Annual administration and progress report of the Indian Medical Department, Bombay
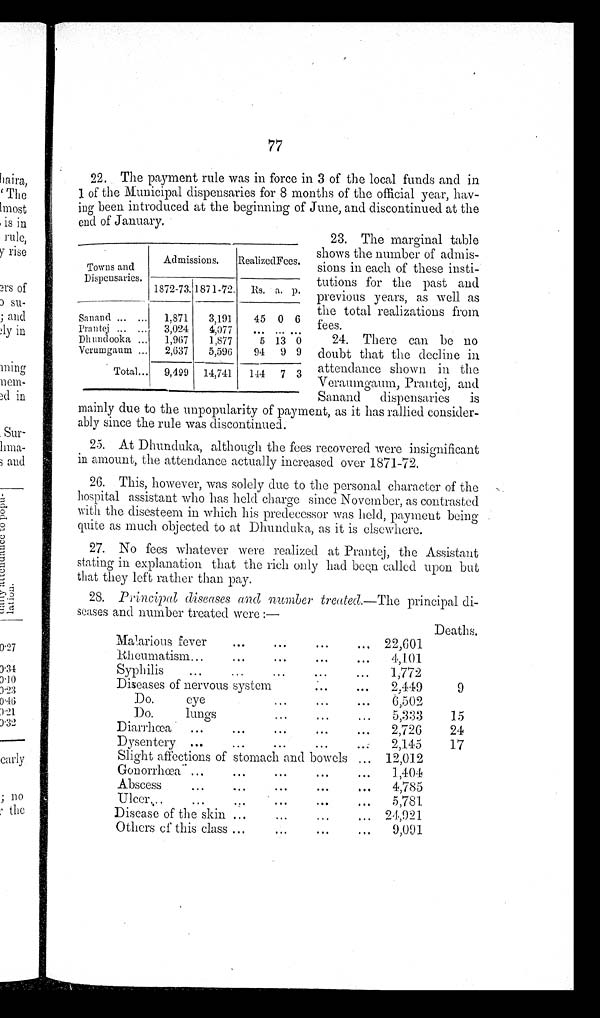
77
22. The payment rule was in force in 3 of the local funds and in
1 of the Municipal dispensaries for 8 months of the official year, hav--
ing been introduced at the beginning of June, and discontinued at the
end of January.
23. The marginal table
shows the number of admis--
sions in each of these insti--
tutions for the past and
previous years, as well as
the total realizations from
fees.
24. There can be no
doubt that the decline in
attendance shown in the
Veraumgaum, Prantej, and
Sanand dispensaries is
mainly due to the unpopularity of payment, as it has rallied consider--
ably since the rule was discontinued.
25. At Dhunduka, although the fees recovered were insignificant
in amount, the attendance actually increased over 1871-72.
26. This, however, was solely due to the personal character of the
hospital assistant who has held charge since November, as contrasted
with the disesteem in which his predecessor was held, payment being
quite as much objected to at Dhunduka, as it is elsewhere.
27. No fees whatever were realized at Prantej, the Assistant
stating in explanation that the rich only had been called upon but
that they left rather than pay.
28. Principal diseases and number treated.— The principal di--
seases and number treated were:—
Deaths.
M a l a r i o u s f e v e r . . .
22,601
Rheumatism . . .
4,101
S y p h i l i s . . .
1,772
Diseases of nervous system . . .
2,449
9
Do. eye . . .
6,502
D o . l u n g s . . .
5,333
15
2,726
24
Diarrhœa . . .
Dysentery . . .
2,145
17
Slight afflictions of stomach and bowels . . .
12,012
Gonorrhœa . . .
1,404
Abscess . . .
4,785
Ulcer. . .
5,781
Disease of the skin . . .
24,921
Others of this class . . .
9,091
Towns and
Dispensaries.
Admissions.
Realized Fees.
1872-73.
1 8 7 1 - 7 2 .
R s . a. p.
Sanand . . .
1,871
3,191
45
0
6
Prantej . . .
3,024
4,077
. . .
. . .
. . .
Dhundooka . . .
1,967
1,877
5 13 0
Verumgaum . . .
2,637
5,596
94
9 9
Total . . .
9,499
14,741
144
7 3